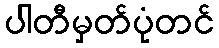
ပါတီမှတ်ပုံတင်